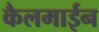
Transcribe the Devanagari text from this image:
कैलमाईन